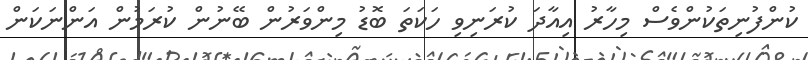
ކުންފުނިތަކުންވެސް މިހާރު އިއާދަ ކުރަނިވި ހަކަތަ ބޮޑު މިންވަރުން ބޭނުން ކުރަމުން އަންނަކަން